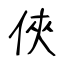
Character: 俠